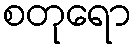
စတုရော